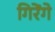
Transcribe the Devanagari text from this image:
गिरेंगे